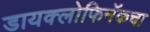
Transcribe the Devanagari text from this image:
डायक्लोफिनॅकचा